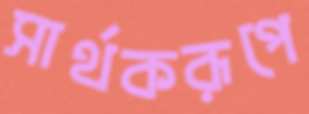
সার্থকরূপে